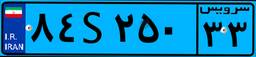
۶۳S۸۹۵۴۰